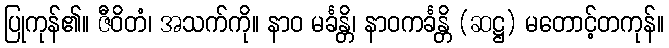
ပြုကုန်၏။ ဇီဝိတံ၊ အသက်ကို။ နာဝ မင်္ခန္တိ၊ နာဝကင်္ခန္တိ (ဆဋ္ဌ) မတောင့်တကုန်။